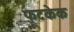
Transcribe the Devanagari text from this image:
फ़्रूटकेक